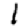
Digit: 1